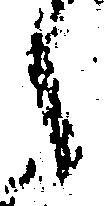
之